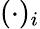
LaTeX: (\cdot)_{i}